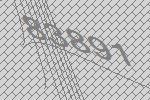
83891